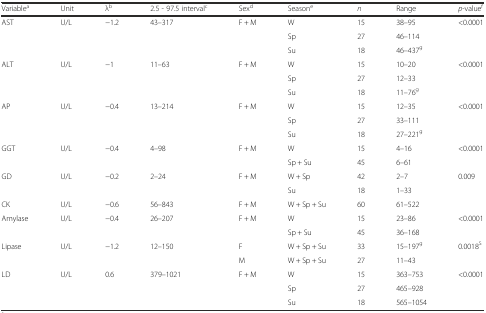
<table><thead><tr><td><b>Variable<sup>a</sup></b></td><td><b>Unit</b></td><td><b>λ<sup>b</sup></b></td><td><b>2.5 - 97.5 interval<sup>c</sup></b></td><td><b>Sex<sup>d</sup></b></td><td><b>Season<sup>e</sup></b></td><td><b><i>n</i></b></td><td><b>Range</b></td><td><b><i>p</i>-value<sup>f</sup></b></td></tr></thead><tbody><tr><td rowspan="3">AST</td><td rowspan="3">U/L</td><td rowspan="3">−1.2</td><td rowspan="3">43–317</td><td rowspan="3">F + M</td><td>W</td><td>15</td><td>38–95</td><td rowspan="3">&lt;0.0001</td></tr><tr><td>Sp</td><td>27</td><td>46–114</td></tr><tr><td>Su</td><td>18</td><td>46–437<sup>g</sup></td></tr><tr><td rowspan="3">ALT</td><td rowspan="3">U/L</td><td rowspan="3">−1</td><td rowspan="3">11–63</td><td rowspan="3">F + M</td><td>W</td><td>15</td><td>10–20</td><td rowspan="3">&lt;0.0001</td></tr><tr><td>Sp</td><td>27</td><td>12–33</td></tr><tr><td>Su</td><td>18</td><td>11–76<sup>g</sup></td></tr><tr><td rowspan="3">AP</td><td rowspan="3">U/L</td><td rowspan="3">−0.4</td><td rowspan="3">13–214</td><td rowspan="3">F + M</td><td>W</td><td>15</td><td>12–35</td><td rowspan="3">&lt;0.0001</td></tr><tr><td>Sp</td><td>27</td><td>33–111</td></tr><tr><td>Su</td><td>18</td><td>27–221<sup>g</sup></td></tr><tr><td rowspan="2">GGT</td><td rowspan="2">U/L</td><td rowspan="2">−0.4</td><td rowspan="2">4–98</td><td rowspan="2">F + M</td><td>W</td><td>15</td><td>4–16</td><td rowspan="2">&lt;0.0001</td></tr><tr><td>Sp + Su</td><td>45</td><td>6–61</td></tr><tr><td rowspan="2">GD</td><td rowspan="2">U/L</td><td rowspan="2">−0.2</td><td rowspan="2">2–24</td><td rowspan="2">F + M</td><td>W + Sp</td><td>42</td><td>2–7</td><td rowspan="2">0.009</td></tr><tr><td>Su</td><td>18</td><td>1–33</td></tr><tr><td>CK</td><td>U/L</td><td>−0.6</td><td>56–843</td><td>F + M</td><td>W + Sp + Su</td><td>60</td><td>61–522</td><td>[EMPTY_CELL]</td></tr><tr><td rowspan="2">Amylase</td><td rowspan="2">U/L</td><td rowspan="2">−0.4</td><td rowspan="2">26–207</td><td rowspan="2">F + M</td><td>W</td><td>15</td><td>23–86</td><td rowspan="2">&lt;0.0001</td></tr><tr><td>Sp + Su</td><td>45</td><td>36–168</td></tr><tr><td rowspan="2">Lipase</td><td rowspan="2">U/L</td><td rowspan="2">−1.2</td><td rowspan="2">12–150</td><td>F</td><td>W + Sp + Su</td><td>33</td><td>15–197<sup>g</sup></td><td rowspan="2">0.0018<sup>S</sup></td></tr><tr><td>M</td><td>W + Sp + Su</td><td>27</td><td>11–43</td></tr><tr><td rowspan="3">LD</td><td rowspan="3">U/L</td><td rowspan="3">0.6</td><td rowspan="3">379–1021</td><td rowspan="3">F + M</td><td>W</td><td>15</td><td>363–753</td><td rowspan="3">&lt;0.0001</td></tr><tr><td>Sp</td><td>27</td><td>465–928</td></tr><tr><td>Su</td><td>18</td><td>565–1054</td></tr></tbody></table>